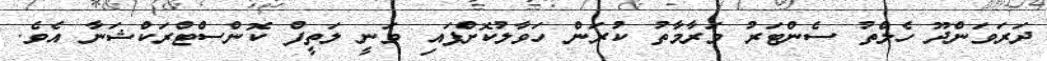
ދަރަވަންދޫ ހެލްތު ސެންޓަރު މަރާމާތު ކުރަން ހަވާލުކޮށްފައި ވަނީ ލަތީފް ކޮންސްޓްރަކްޝަނާ އެވެ.